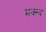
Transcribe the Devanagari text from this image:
मक्स्द